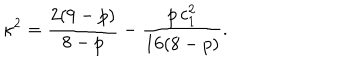
LaTeX: \kappa ^ { 2 } = \frac { 2 ( 9 - p ) } { 8 - p } - \frac { p \, c _ { 1 } ^ { 2 } } { 1 6 ( 8 - p ) } .